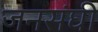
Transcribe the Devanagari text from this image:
जनसंघी